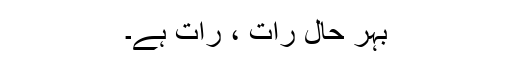
بہر حال رات ، رات ہے۔